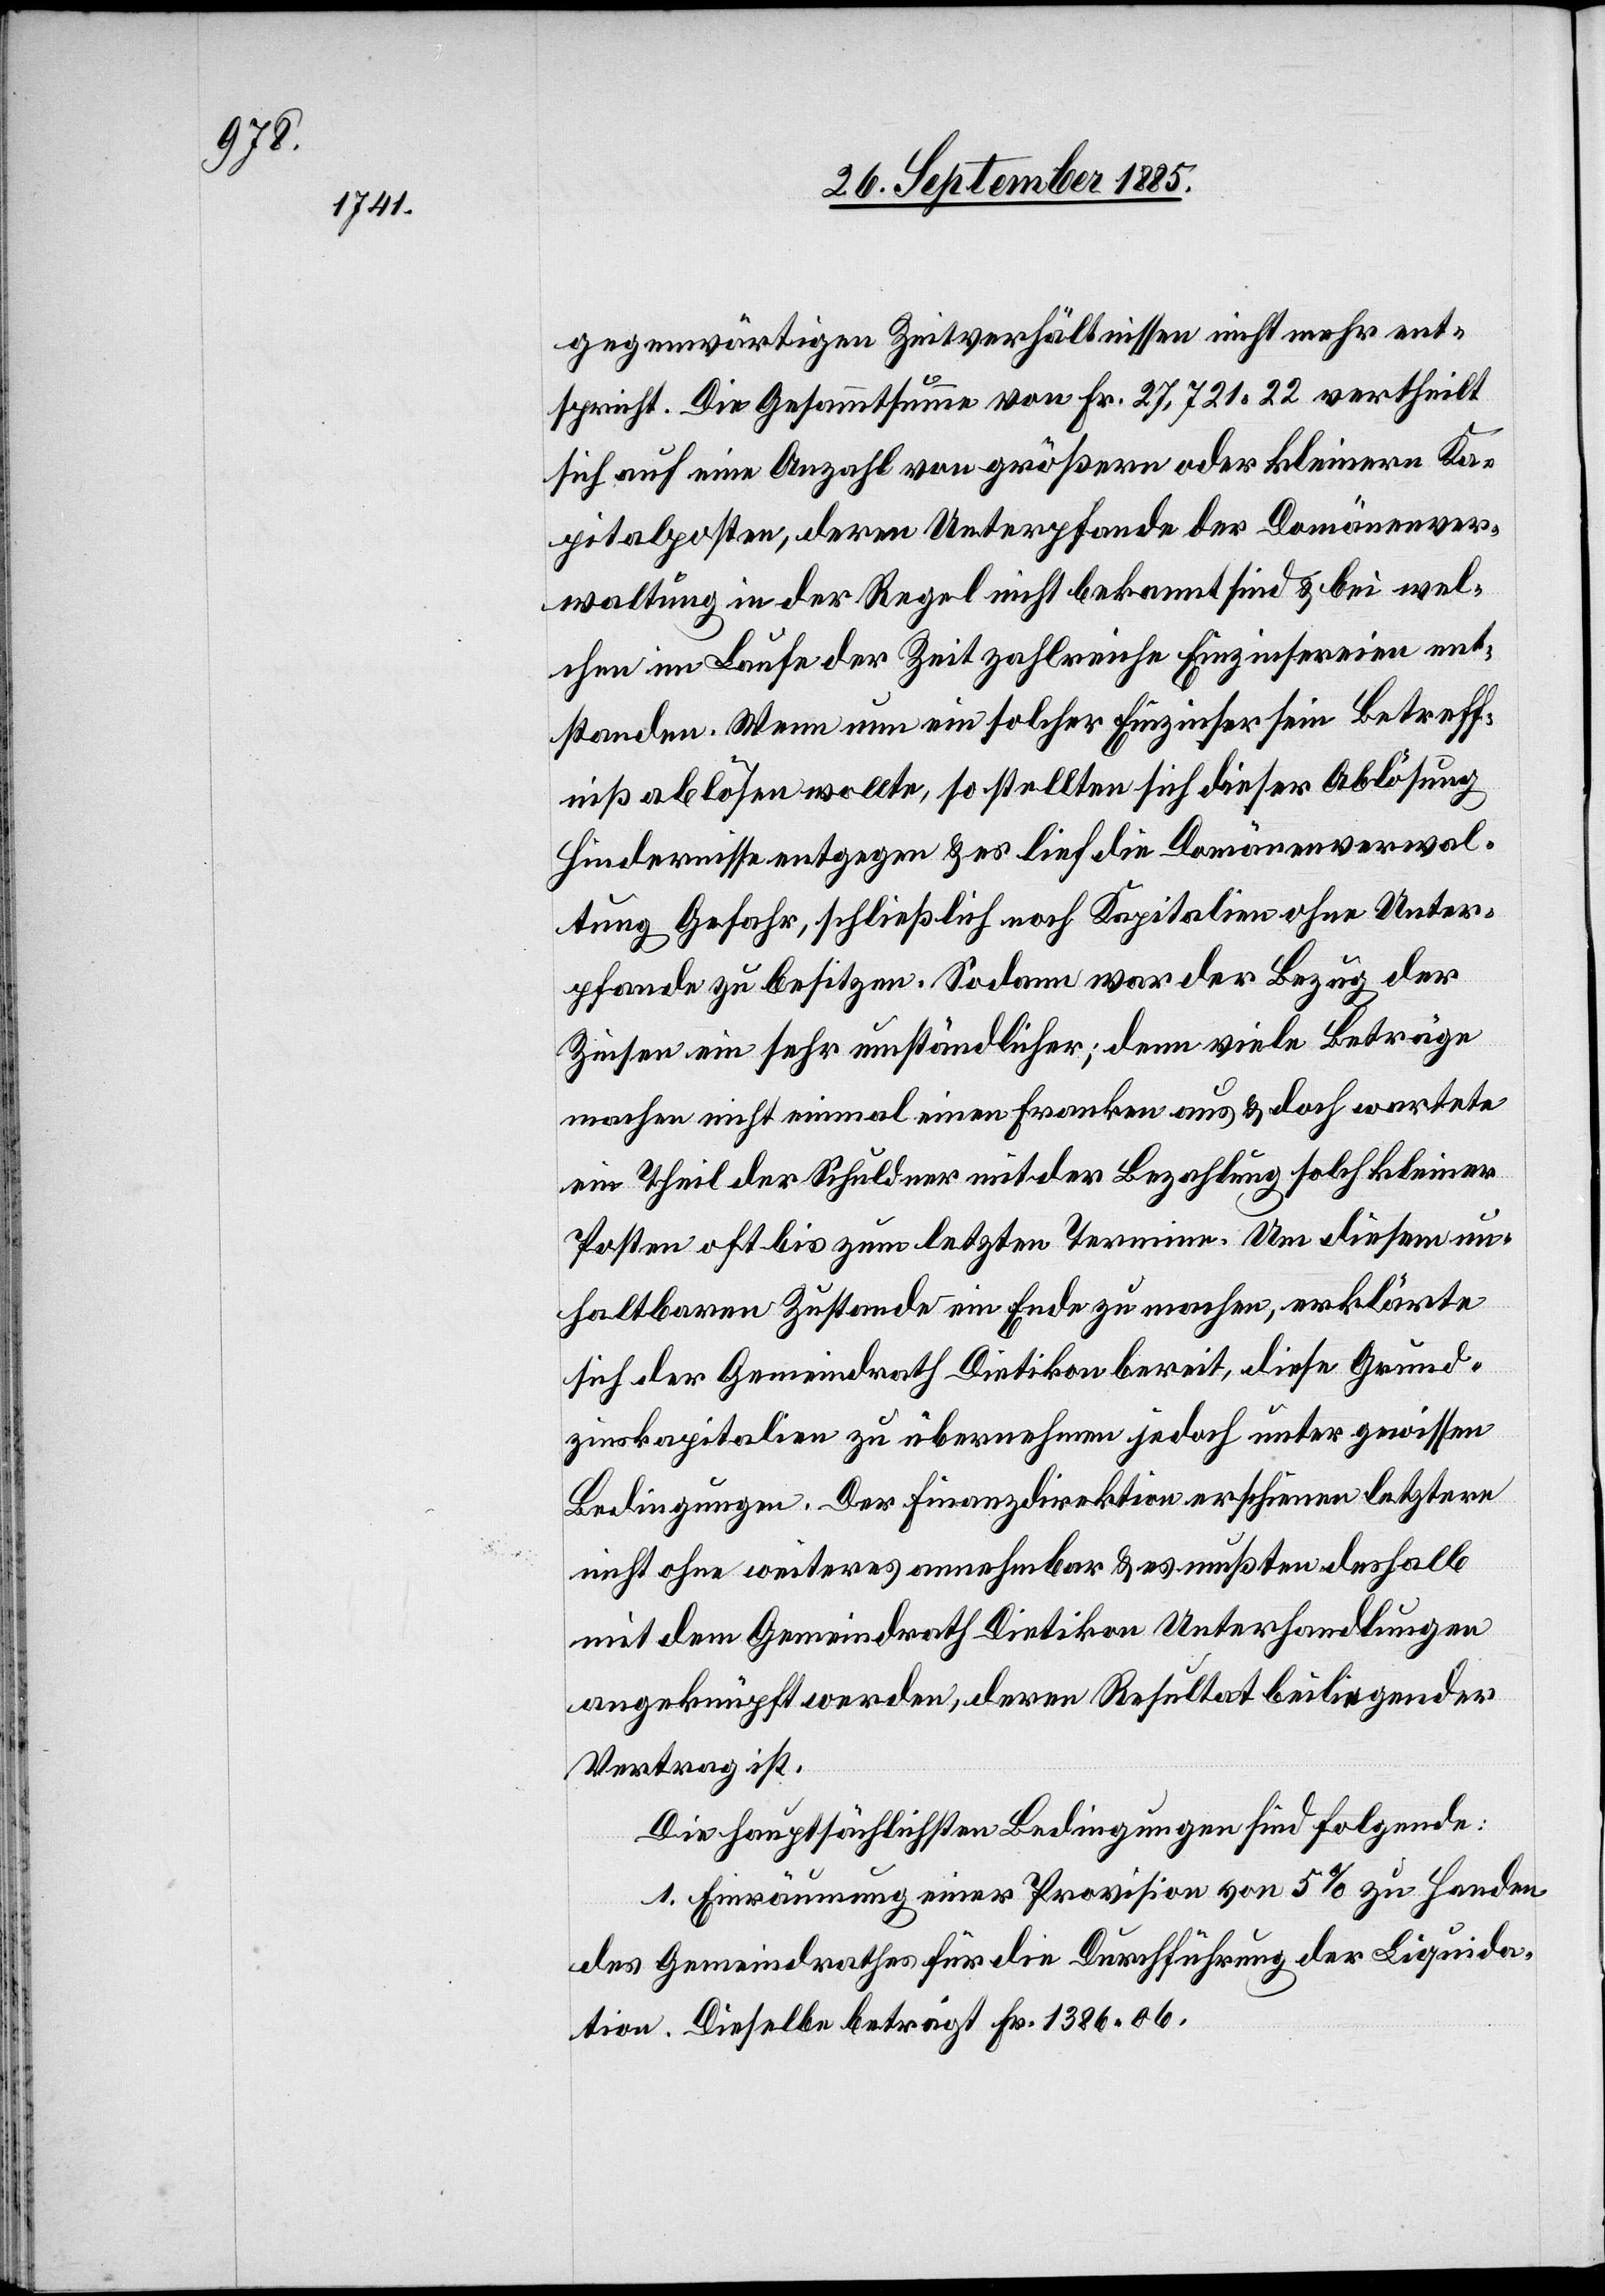
gegenwärtigen Zeitverhältnissen nicht mehr ent¬
spricht. Die Gesamtsumme von Fr. 27,721 22 vertheilt
sich auf eine Anzahl von größern oder kleinern Ka¬
pitalposten, deren Unterpfande der Domänenver¬
waltung in der Regel nicht bekannt sind & bei wel¬
chen im Laufe der Zeit zahlreiche Einzinsereien ent¬
standen. Wenn nun ein solcher Einzinser sein Betreff¬
niß ablösen wollte, so stellten sich dieser Ablösung
Hindernisse entgegen & es lief die Domänenverwal¬
tung Gefahr, schließlich noch Kapitalien ohne Unter¬
pfande zu besitzen. Sodann war der Bezug der
Zinsen ein sehr umständlicher; denn viele Beträge
machen nicht einmal einen Franken aus & doch wartete
ein Theil der Schuldner mit der Bezahlung solch kleiner
Posten oft bis zum letzten Termine. Um diesem un¬
haltbaren Zustande ein Ende zu machen, erklärte
sich der Gemeindrath Dietikon bereit, diese Grund¬
zinskapitalien zu übernehmen jedoch unter gewissen
Bedingungen. Der Finanzdirektion erschienen letztere
nicht ohne weiteres annehmbar & es mußten deshalb
mit dem Gemeindrath Dietikon Unterhandlungen
angeknüpft werden, deren Resultat beiliegender
Vertrag ist.
Die hauptsächlichen Bedingungen sind folgende:
1. Einräumung einer Provision von 5% zu Handen
des Gemeindrathes für die Durchführung der Liquida¬
tion. Dieselbe beträgt Fr. 1386 06.